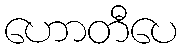
ဟောတီပေ